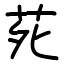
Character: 𫟍